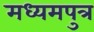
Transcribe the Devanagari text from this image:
मध्यमपुत्र